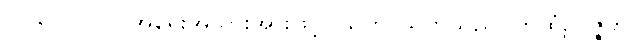
၂၀၆။ (၂၀၇) အရေးအသားအားဖြင့်။ သတိ၊ သတိသည်။ ကထံဥပ္ပဇ္ဇတိ၊